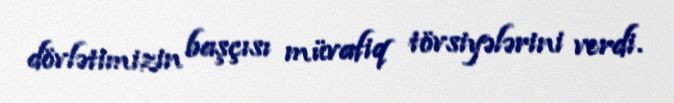
dövlətimizin başçısı müvafiq tövsiyələrini verdi.